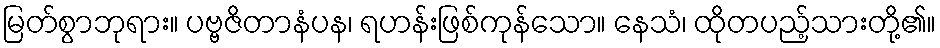
မြတ်စွာဘုရား။ ပဗ္ဗဇိတာနံပန၊ ရဟန်းဖြစ်ကုန်သော။ နေသံ၊ ထိုတပည့်သားတို့၏။